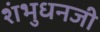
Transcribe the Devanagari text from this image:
शंभुधनजी